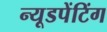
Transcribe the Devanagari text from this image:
न्यूडपेंटिंग